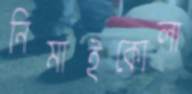
নিমাইকোলা